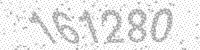
Solution: 161280